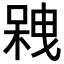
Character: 𠻇